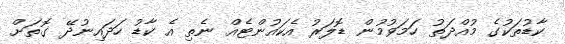
ކާޑުތަކުގެ މުއްދަތު ހަމަވުމުން ޑޮލަރު އެކައުންޓެއް ނެތި އެ ކާޑު ހަދައިނުދޭ ގޮތަށް